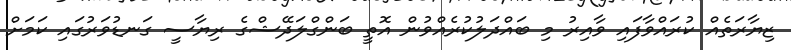
ޒިޔާރަތެއް ކުރައްވާފައި ވާއިރު މި ބައްދަލުކުރެއްވުން އޮތީ ބަންގްލަދޭޝްގެ ރިޔާސީ ގަނޑުވަރުގައި ކަމަަށް